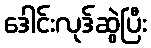
ဒေါင်းလုဒ်ဆွဲပြီး